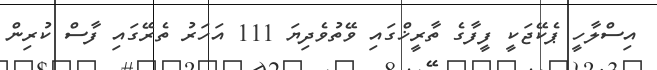
އިސްލާހީ ޕެކޭޖަކީ ފީފާގެ ތާރީޚްގައި ވޭތުވެދިޔަ 111 އަހަރު ތެރޭގައި ފާސް ކުރިން